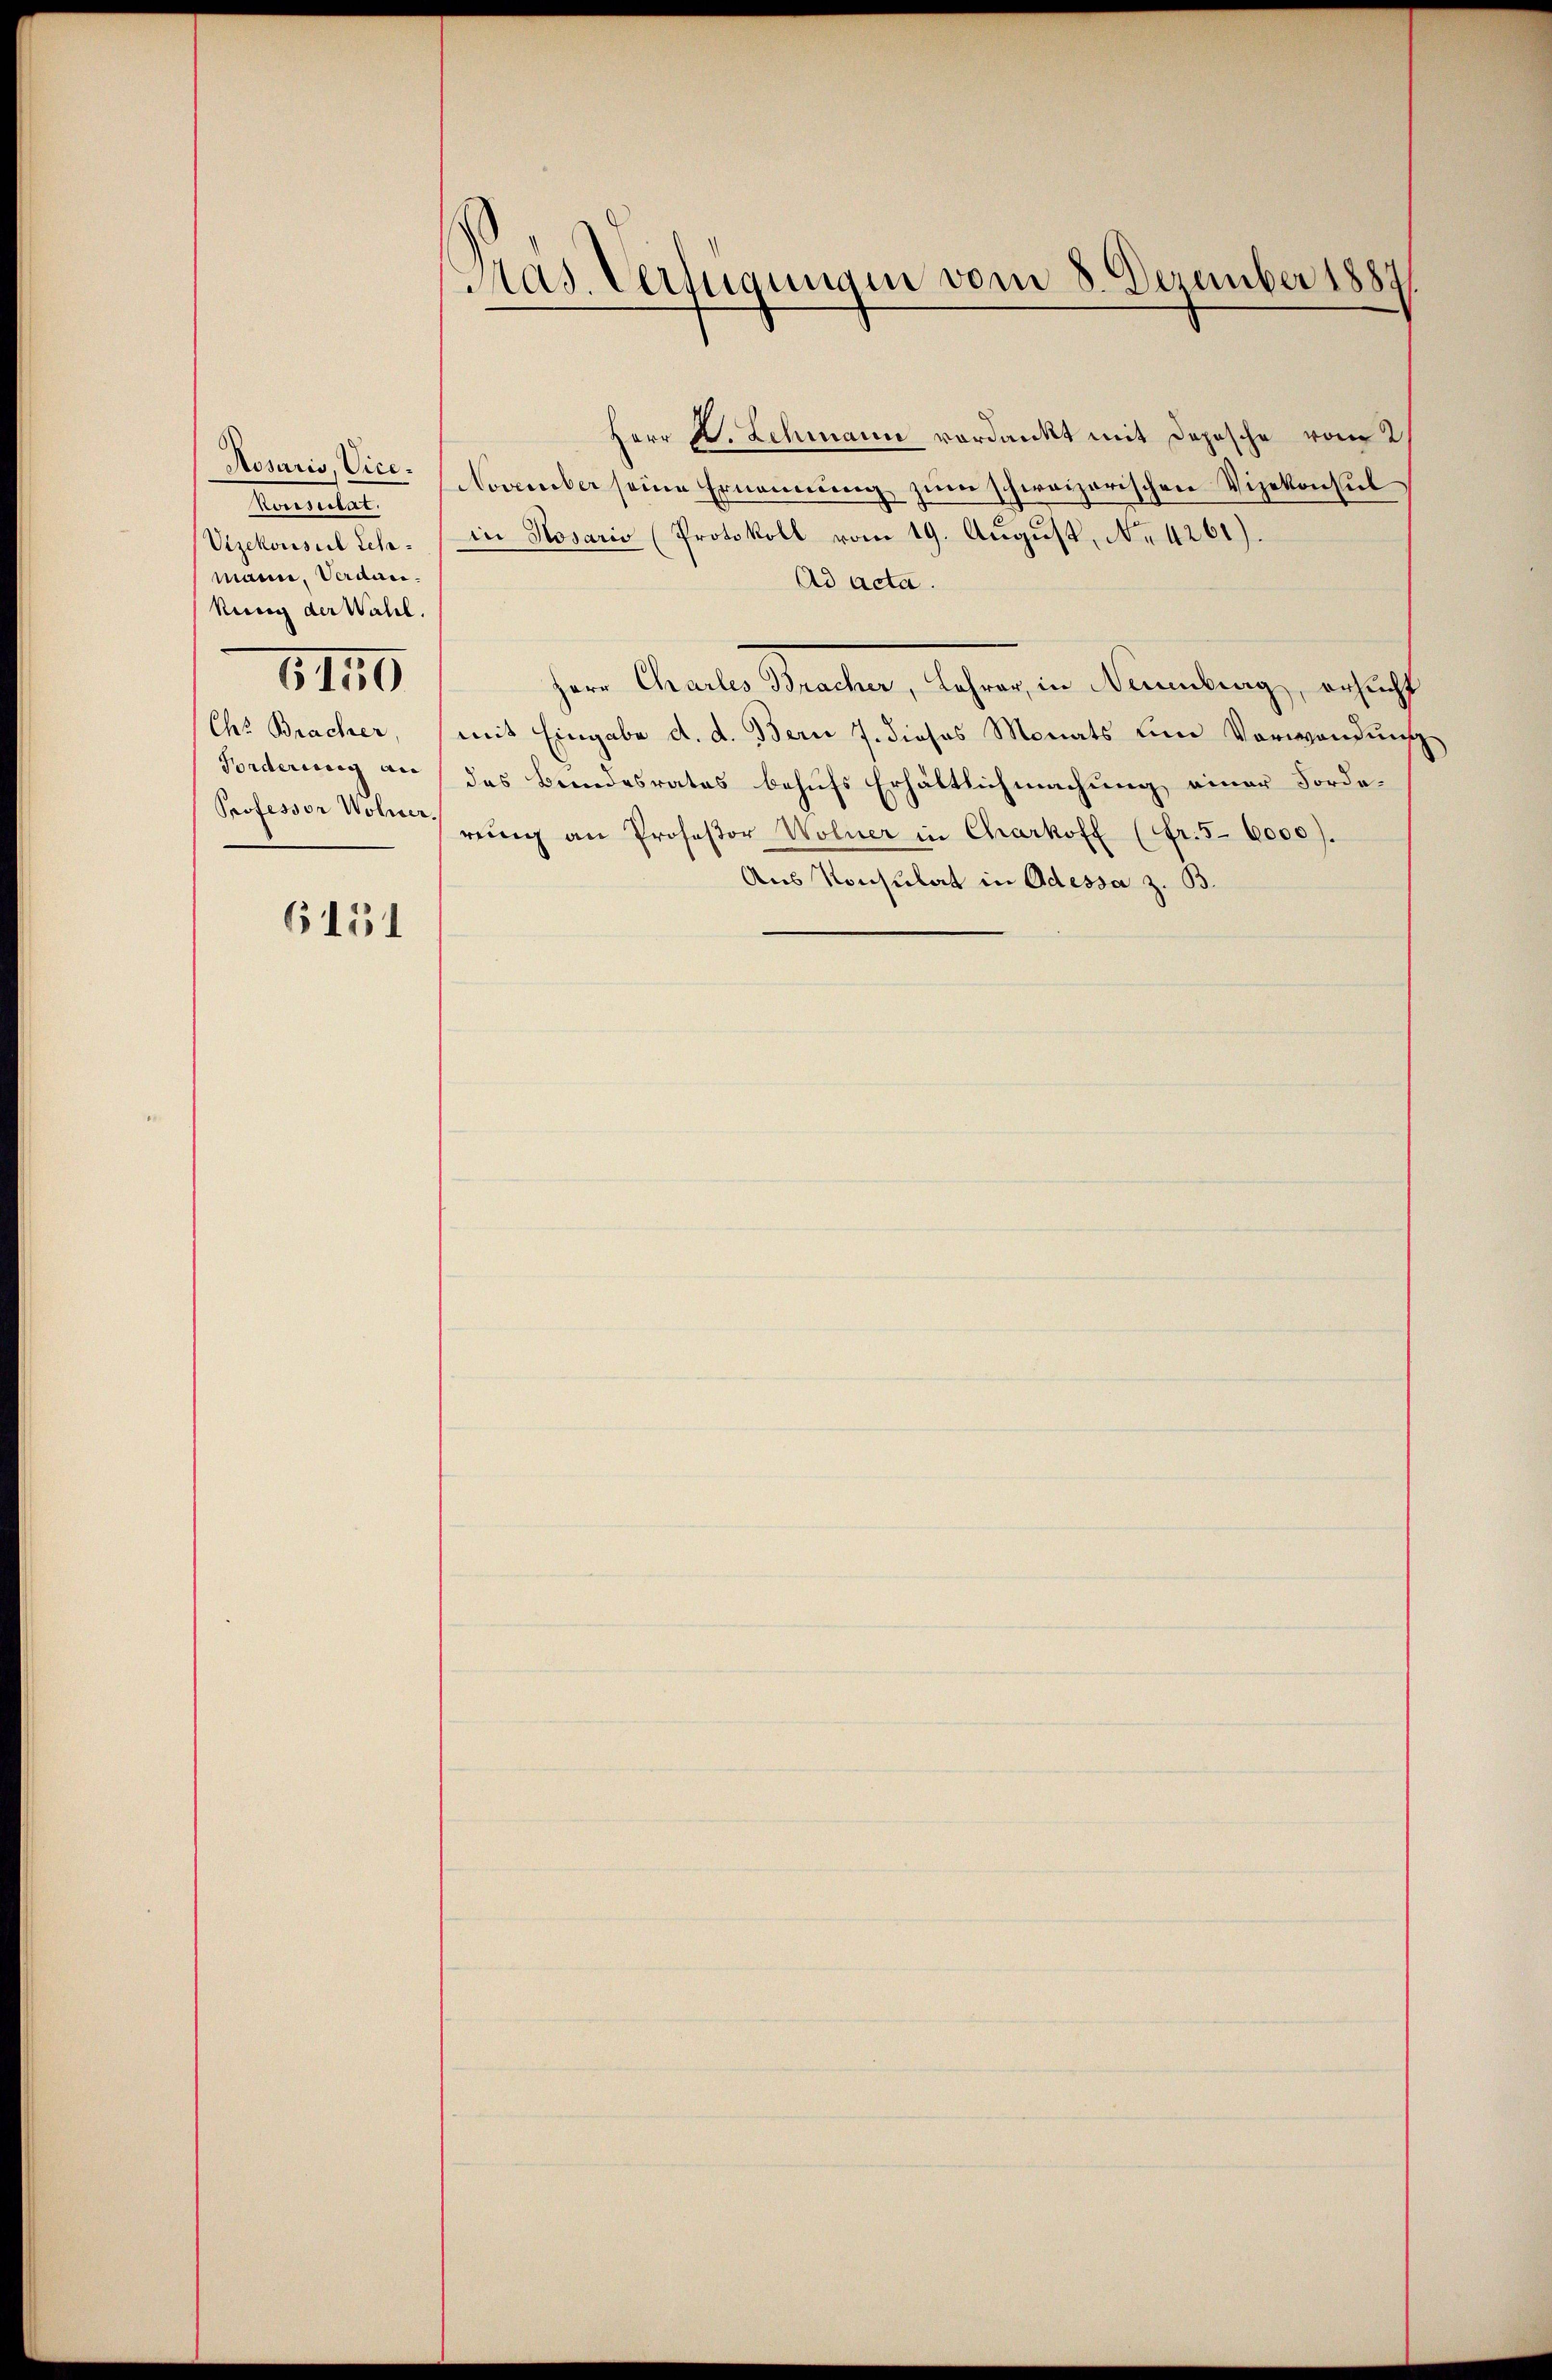
Rosaris, Vice¬
Ventuitat.
Vizekonsul Lehamann, Verdankung der Wahl.
6150
Chr Bracher
Forderung an
Professor Wohner.

6151

Präs. Verfügungen vom 8. Dezember 1887

Herr D. Lehmann verdankt mit Depesche vom 2
November seine Ernennung zum schweizerischen Vizekonsul
in Nosario (Protokoll vom 19. August, No 4261).
Ad acta.
Herr Chrailer Bracher, Jahre, in Naumberg, ansucht
mit Eingabe d. d. Bern 7. dieses Monats ein Verwendung
des Bundesrates behufs Erhältlichmachung einer Forderŭng an Professor Wölner in Charkoff (fr.5 6000).
Aus Konsulat in Odessa z. B.